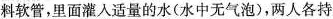
料软管，里面灌入适量的水(水中无气泡)，两人各持